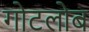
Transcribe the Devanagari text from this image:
गोटलोब